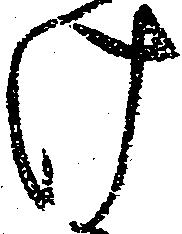
け